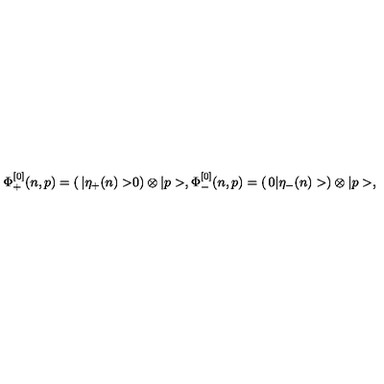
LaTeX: \Phi _ { + } ^ { [ 0 ] } ( n , p ) = \left( \begin{matrix} { | \eta _ { + } ( n ) > } \\ { 0 } \\ \end{matrix} \right) \otimes | p > , \Phi _ { - } ^ { [ 0 ] } ( n , p ) = \left( \begin{matrix} { 0 } \\ { | \eta _ { - } ( n ) > } \\ \end{matrix} \right) \otimes | p > ,